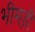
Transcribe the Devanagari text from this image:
भीमड़ी